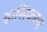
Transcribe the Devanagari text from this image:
ह्रासिकरण